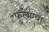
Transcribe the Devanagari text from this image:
फुलण्या